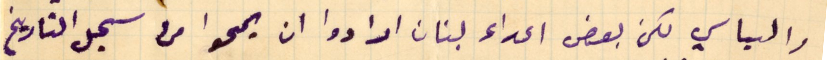
والسياسي لكن بعض اعداء لبنان ارادوا ان يمحوا من سجل التاريخ